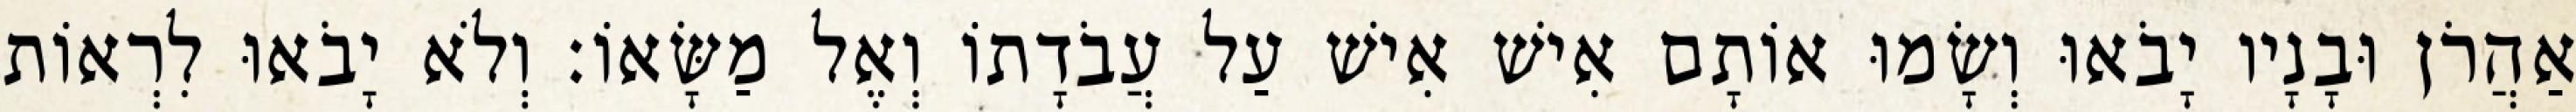
אַהֲרֹן וּבָנָיו יָבֹאוּ וְשָׂמוּ אוֹתָם אִישׁ אִישׁ עַל עֲבֹדָתוֹ וְאֶל מַשָּׂאוֹ׃ וְלֹא יָבֹאוּ לִרְאוֹת